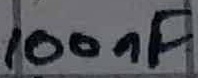
Text: 100nF